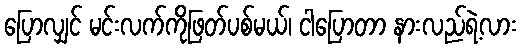
ပြောလျှင် မင်းလက်ကိုဖြတ်ပစ်မယ်၊ ငါပြောတာ နားလည်ရဲ့လား